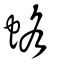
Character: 蛒